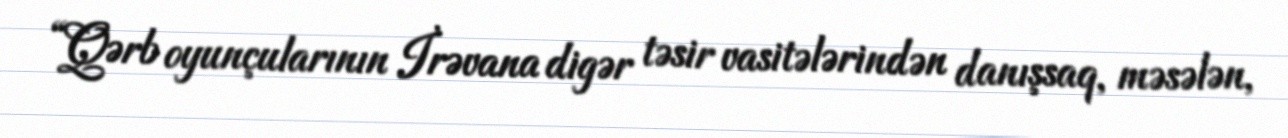
“Qərb oyunçularının İrəvana digər təsir vasitələrindən danışsaq, məsələn,